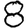
Digit: 8